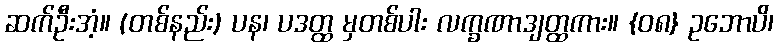
ဆက်ဦးအံ့။ (တစ်နည်း) ပန၊ ပဒတ္ထ မှတစ်ပါး လက္ခဏာဒျတ္ထကား။ {၀၈} ဥဘောပိ၊